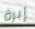
إبرة